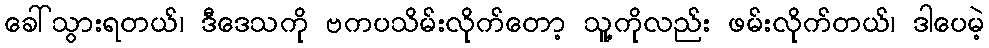
ခေါ်သွားရတယ်၊ ဒီဒေသကို ဗကပသိမ်းလိုက်တော့ သူ့ကိုလည်း ဖမ်းလိုက်တယ်၊ ဒါပေမဲ့